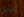
تلبس